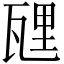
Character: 瓼